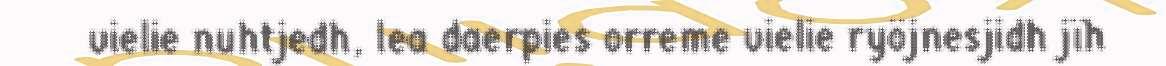
vielie nuhtjedh, lea daerpies orreme vielie ryöjnesjidh jïh